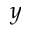
y